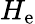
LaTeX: H_{\mathrm{e}}